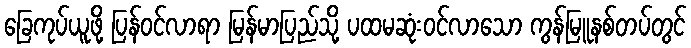
ခြေကုပ်ယူဖို့ ပြန်ဝင်လာရာ မြန်မာပြည်သို့ ပထမဆုံးဝင်လာသော ကွန်မြူနစ်တပ်တွင်